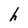
Character: h